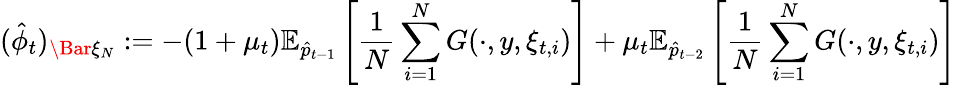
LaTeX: (\hat{\phi}_{t})_{\Bar{\xi}_{N}}:=-(1+\mu_{t})\mathbb{E}_{\hat{p}_{t-1}}\left[\frac{1}{N}\sum_{i=1}^{N}G(\cdot,y,\xi_{t,i})\right]+\mu_{t}\mathbb{E}_{\hat{p}_{t-2}}\left[\frac{1}{N}\sum_{i=1}^{N}G(\cdot,y,\xi_{t,i})\right]